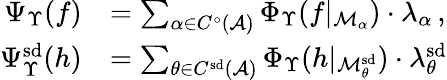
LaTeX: \begin{array}{rl}{\Psi_{\Upsilon}(f)}&{=\sum_{\alpha\in C^{\circ}(\mathcal{A})}\Phi_{\Upsilon}(f|_{\mathcal{M}_{\alpha}})\cdot\lambda_{\alpha}\, ,}\\ {\Psi_{\Upsilon}^{\smash{\mathrm{sd}}}(h)}&{=\sum_{\theta\in C^{\smash{\mathrm{sd}}}(\mathcal{A})\vphantom{^0}}\Phi_{\Upsilon}(h|_{\mathcal{M}_{\theta}^{\smash{\mathrm{sd}}}})\cdot\lambda_{\smash{\theta}}^{\smash{\mathrm{sd}}}}\end{array}